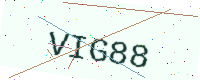
Text: VIG88